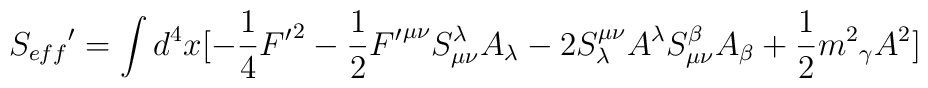
{S_{eff}}'=\int{d^{4}x[-\frac{1}{4}{F'}^{2}-\frac{1}{2}{F'}^{{\mu}{\nu}}S^{\lambda}_{{\mu}{\nu}}A_{\lambda}-2S^{{\mu}{\nu}}_{\lambda}A^{\lambda}S^{\beta}_{{\mu}{\nu}}A_{\beta}+\frac{1}{2}{m^{2}}_{\gamma}A^{2}]}